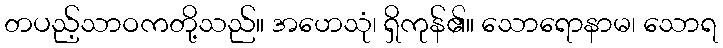
တပည့်သာဝကတို့သည်။ အဟေသုံ၊ ရှိကုန်၏။ သောရောနာမ၊ သောရ